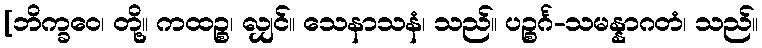
[ဘိက္ခဝေ၊ တို့။ ကထဉ္စ၊ လျှင်။ သေနာသနံ၊ သည်။ ပဉ္စင်္ဂ-သမန္နာဂတံ၊ သည်။